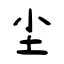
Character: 尘